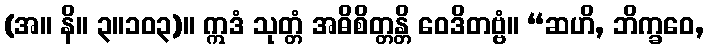
(အ။ နိ။ ၃။၁၀၃)။ ဣဒံ သုတ္တံ အဓိစိတ္တန္တိ ဝေဒိတဗ္ဗံ။ “ဆဟိ, ဘိက္ခဝေ,